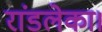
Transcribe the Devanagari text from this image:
रांडलेका।